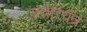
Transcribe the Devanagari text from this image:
प्रचारयंत्र